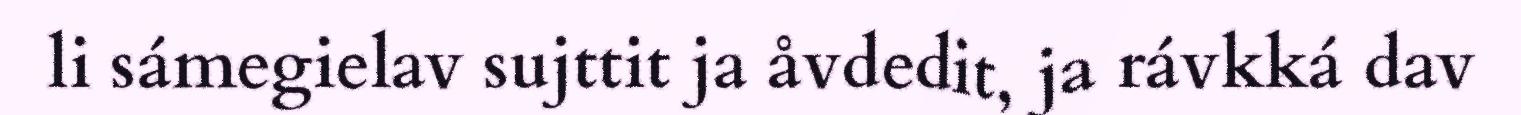
li sámegielav sujttit ja åvdedit, ja rávkká dav